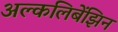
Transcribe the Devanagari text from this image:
अल्कलिबेंझिन